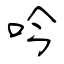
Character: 吟